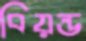
বিয়ন্ড